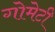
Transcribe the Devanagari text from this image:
गोमेटी